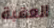
العقبة